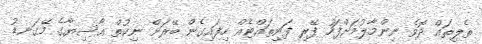
ތެލިތައް ދޮވެ ނިންމާލުމަށްފަހު ފޭރި ފަނިތައްޓެއް ހިފައިގެން ބޭރަށް ނިކުތް އާސިޔާގެ މޭގަނޑު